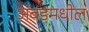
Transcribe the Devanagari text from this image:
अंबडमधील